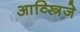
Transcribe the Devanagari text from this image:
आव्स्त्रिजे